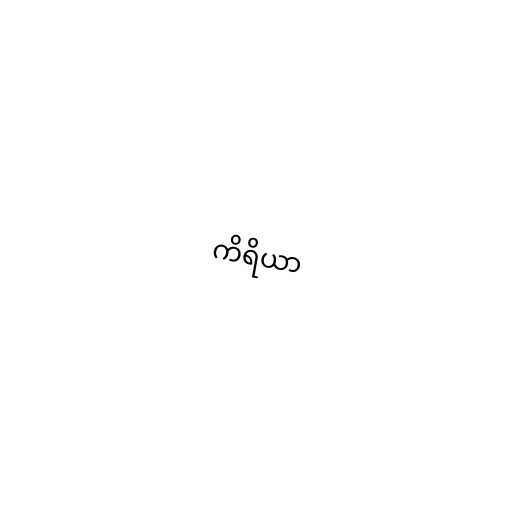
ကိရိယာ